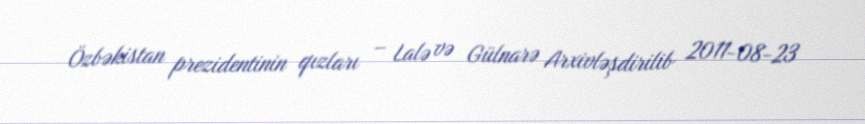
Özbəkistan prezidentinin qızları – Lalə və Gülnarə Arxivləşdirilib 2011-08-23